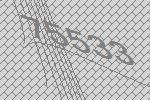
75533